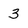
Character: 3